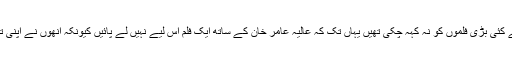
رہی بات عالیہ بھٹ کی تو وہ اس فلم کی وجہ سے کئی بڑی فلموں کو نہ کہہ چکی تھیں یہاں تک کہ عالیہ عامر خان کے ساتھ ایک فلم اس لیے نہیں لے پائیں کیونکہ انھوں نے اپنی تمام ڈیٹس فلم ’انشا للہ‘ کے لیے وقف کر دی تھیں۔